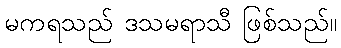
မကရသည် ဒသမရာသီ ဖြစ်သည်။